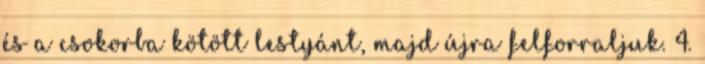
és a csokorba kötött lestyánt, majd újra felforraljuk. 4.